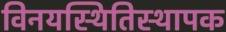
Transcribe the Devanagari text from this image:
विनयस्थितिस्थापक